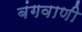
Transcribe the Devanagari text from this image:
बंगवाणी